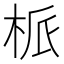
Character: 㭛